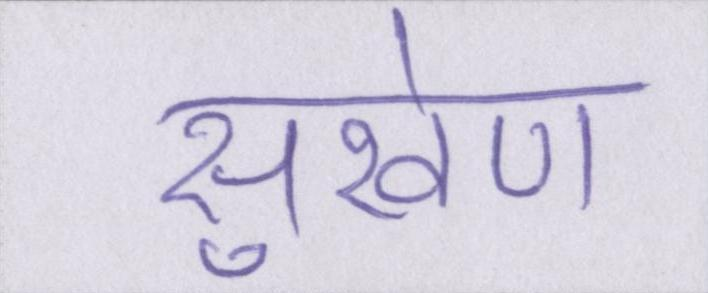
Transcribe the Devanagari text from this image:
सुखेण